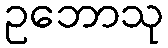
ဥဘောသု